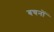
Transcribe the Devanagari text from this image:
बचनों